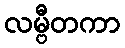
လမ္ဗီတကာ